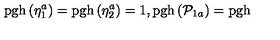
\mathrm { p g h } \left( \eta _ { 1 } ^ { a } \right) = \mathrm { p g h } \left( \eta _ { 2 } ^ { a } \right) = 1 , \mathrm { p g h } \left( \mathcal { P } _ { 1 a } \right) = \mathrm { p g h }